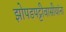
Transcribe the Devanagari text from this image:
झोपडपट्टीवासीयांना